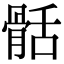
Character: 䯏